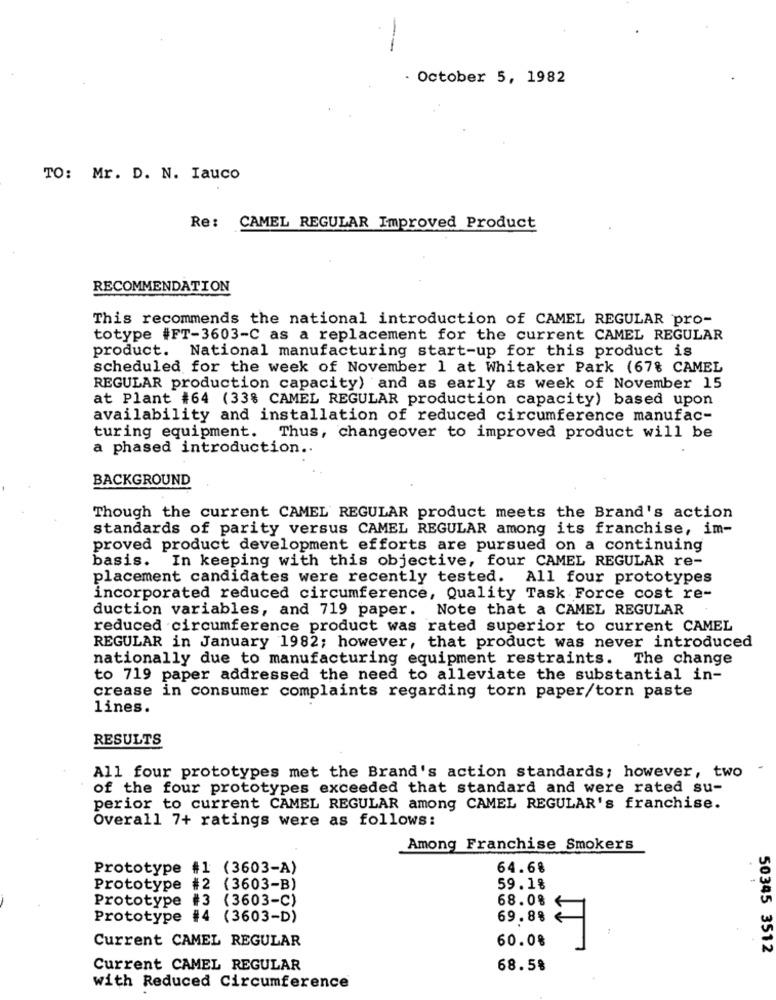
--
. October 5, 1982
TO: Mr. D. N. Iauco
Re: CAMEL REGULAR Improved Product
RECOMMENDATION
This recommends the national introduction of CAMEL REGULAR pro-
totype #FT-3603-C as a replacement for the current CAMEL REGULAR
product. National manufacturing start-up for this product is
scheduled for the week of November 1 at Whitaker Park (67% CAMEL
REGULAR production capacity) and as early as week of November 15
at Plant #64 (33% CAMEL REGULAR production capacity) based upon
availability and installation of reduced circumference manufac-
turing equipment. Thus, changeover to improved product will be
a phased introduction ..
BACKGROUND
Though the current CAMEL REGULAR product meets the Brand's action
standards of parity versus CAMEL REGULAR among its franchise, im-
proved product development efforts are pursued on a continuing
basis. In keeping with this objective, four CAMEL REGULAR re-
placement candidates were recently tested. All four prototypes
incorporated reduced circumference, Quality Task Force cost re-
duction variables, and 719 paper. Note that a CAMEL REGULAR
reduced circumference product was rated superior to current CAMEL
REGULAR in January 1982; however, that product was never introduced
nationally due to manufacturing equipment restraints. The change
to 719 paper addressed the need to alleviate the substantial in-
crease in consumer complaints regarding torn paper/torn paste
lines.
RESULTS
All four prototypes met the Brand's action standards; however, two
of the four prototypes exceeded that standard and were rated su-
perior to current CAMEL REGULAR among CAMEL REGULAR's franchise.
Overall 7+ ratings were as follows:
Among Franchise Smokers
Prototype #1 (3603-A)
64.68
Prototype #2 (3603-B)
59.1%
Prototype #3 (3603-C)
68.0%
Prototype #4 (3603-D)
69.88
Current CAMEL REGULAR
60.08
50345 3512
Current CAMEL REGULAR
68.58
with Reduced Circumference